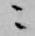
ニ